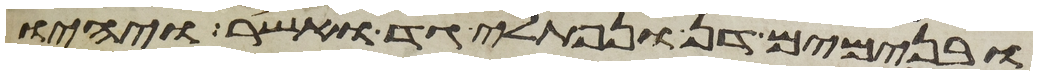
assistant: ובנימים דן ונפתלי גד ואשר ויהיו